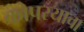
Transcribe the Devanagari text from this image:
कोपरयाचा